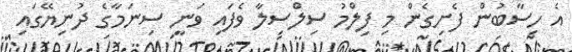
އެ ހިސާބުން ފެށިގެން މި ފިލްމު ސިލްސިލާ ވެފައި ވަނީ ސިނަމާގެ ދުނިޔޭގައި